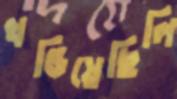
খণ্ডিয়েছিলি